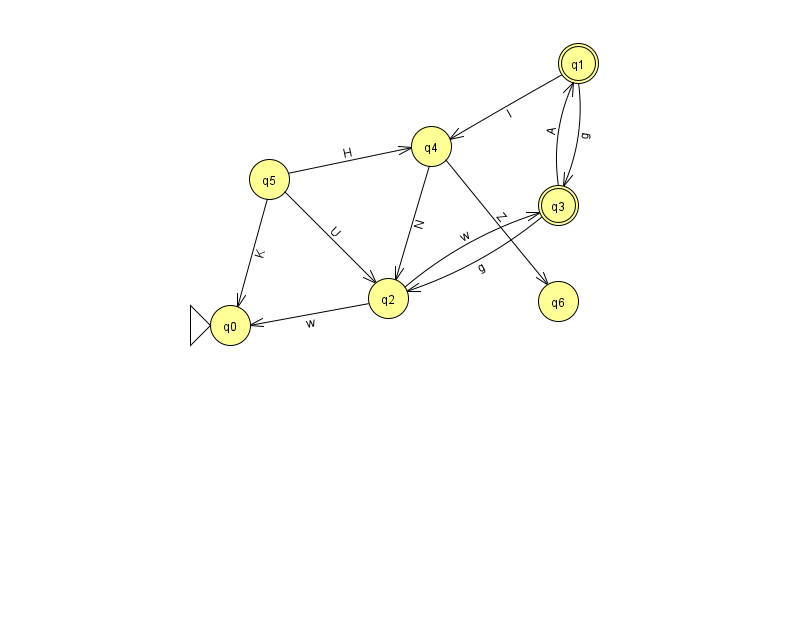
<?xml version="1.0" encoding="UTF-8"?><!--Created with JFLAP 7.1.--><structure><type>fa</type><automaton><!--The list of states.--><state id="0" name="q0"><x>230.0</x><y>312.0</y><initial/></state><state id="1" name="q1"><x>578.0</x><y>50.0</y><final/></state><state id="2" name="q2"><x>388.0</x><y>285.0</y></state><state id="3" name="q3"><x>558.0</x><y>192.0</y><final/></state><state id="4" name="q4"><x>431.0</x><y>133.0</y></state><state id="5" name="q5"><x>269.0</x><y>166.0</y></state><state id="6" name="q6"><x>558.0</x><y>288.0</y></state><!--The list of transitions.--><transition><from>5</from><to>2</to><read>U</read></transition><transition><from>5</from><to>0</to><read>K</read></transition><transition><from>2</from><to>3</to><read>w</read></transition><transition><from>3</from><to>2</to><read>g</read></transition><transition><from>3</from><to>1</to><read>A</read></transition><transition><from>1</from><to>4</to><read>l</read></transition><transition><from>1</from><to>3</to><read>g</read></transition><transition><from>4</from><to>2</to><read>N</read></transition><transition><from>2</from><to>0</to><read>w</read></transition><transition><from>4</from><to>6</to><read>Z</read></transition><transition><from>5</from><to>4</to><read>H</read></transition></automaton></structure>